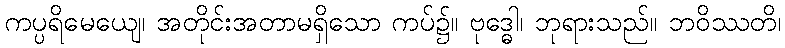
ကပ္ပရိမေယျေ၊ အတိုင်းအတာမရှိသော ကပ်၌။ ဗုဒ္ဓေါ၊ ဘုရားသည်။ ဘဝိဿတိ၊